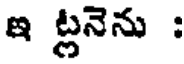
ఇ ట్లనెను :